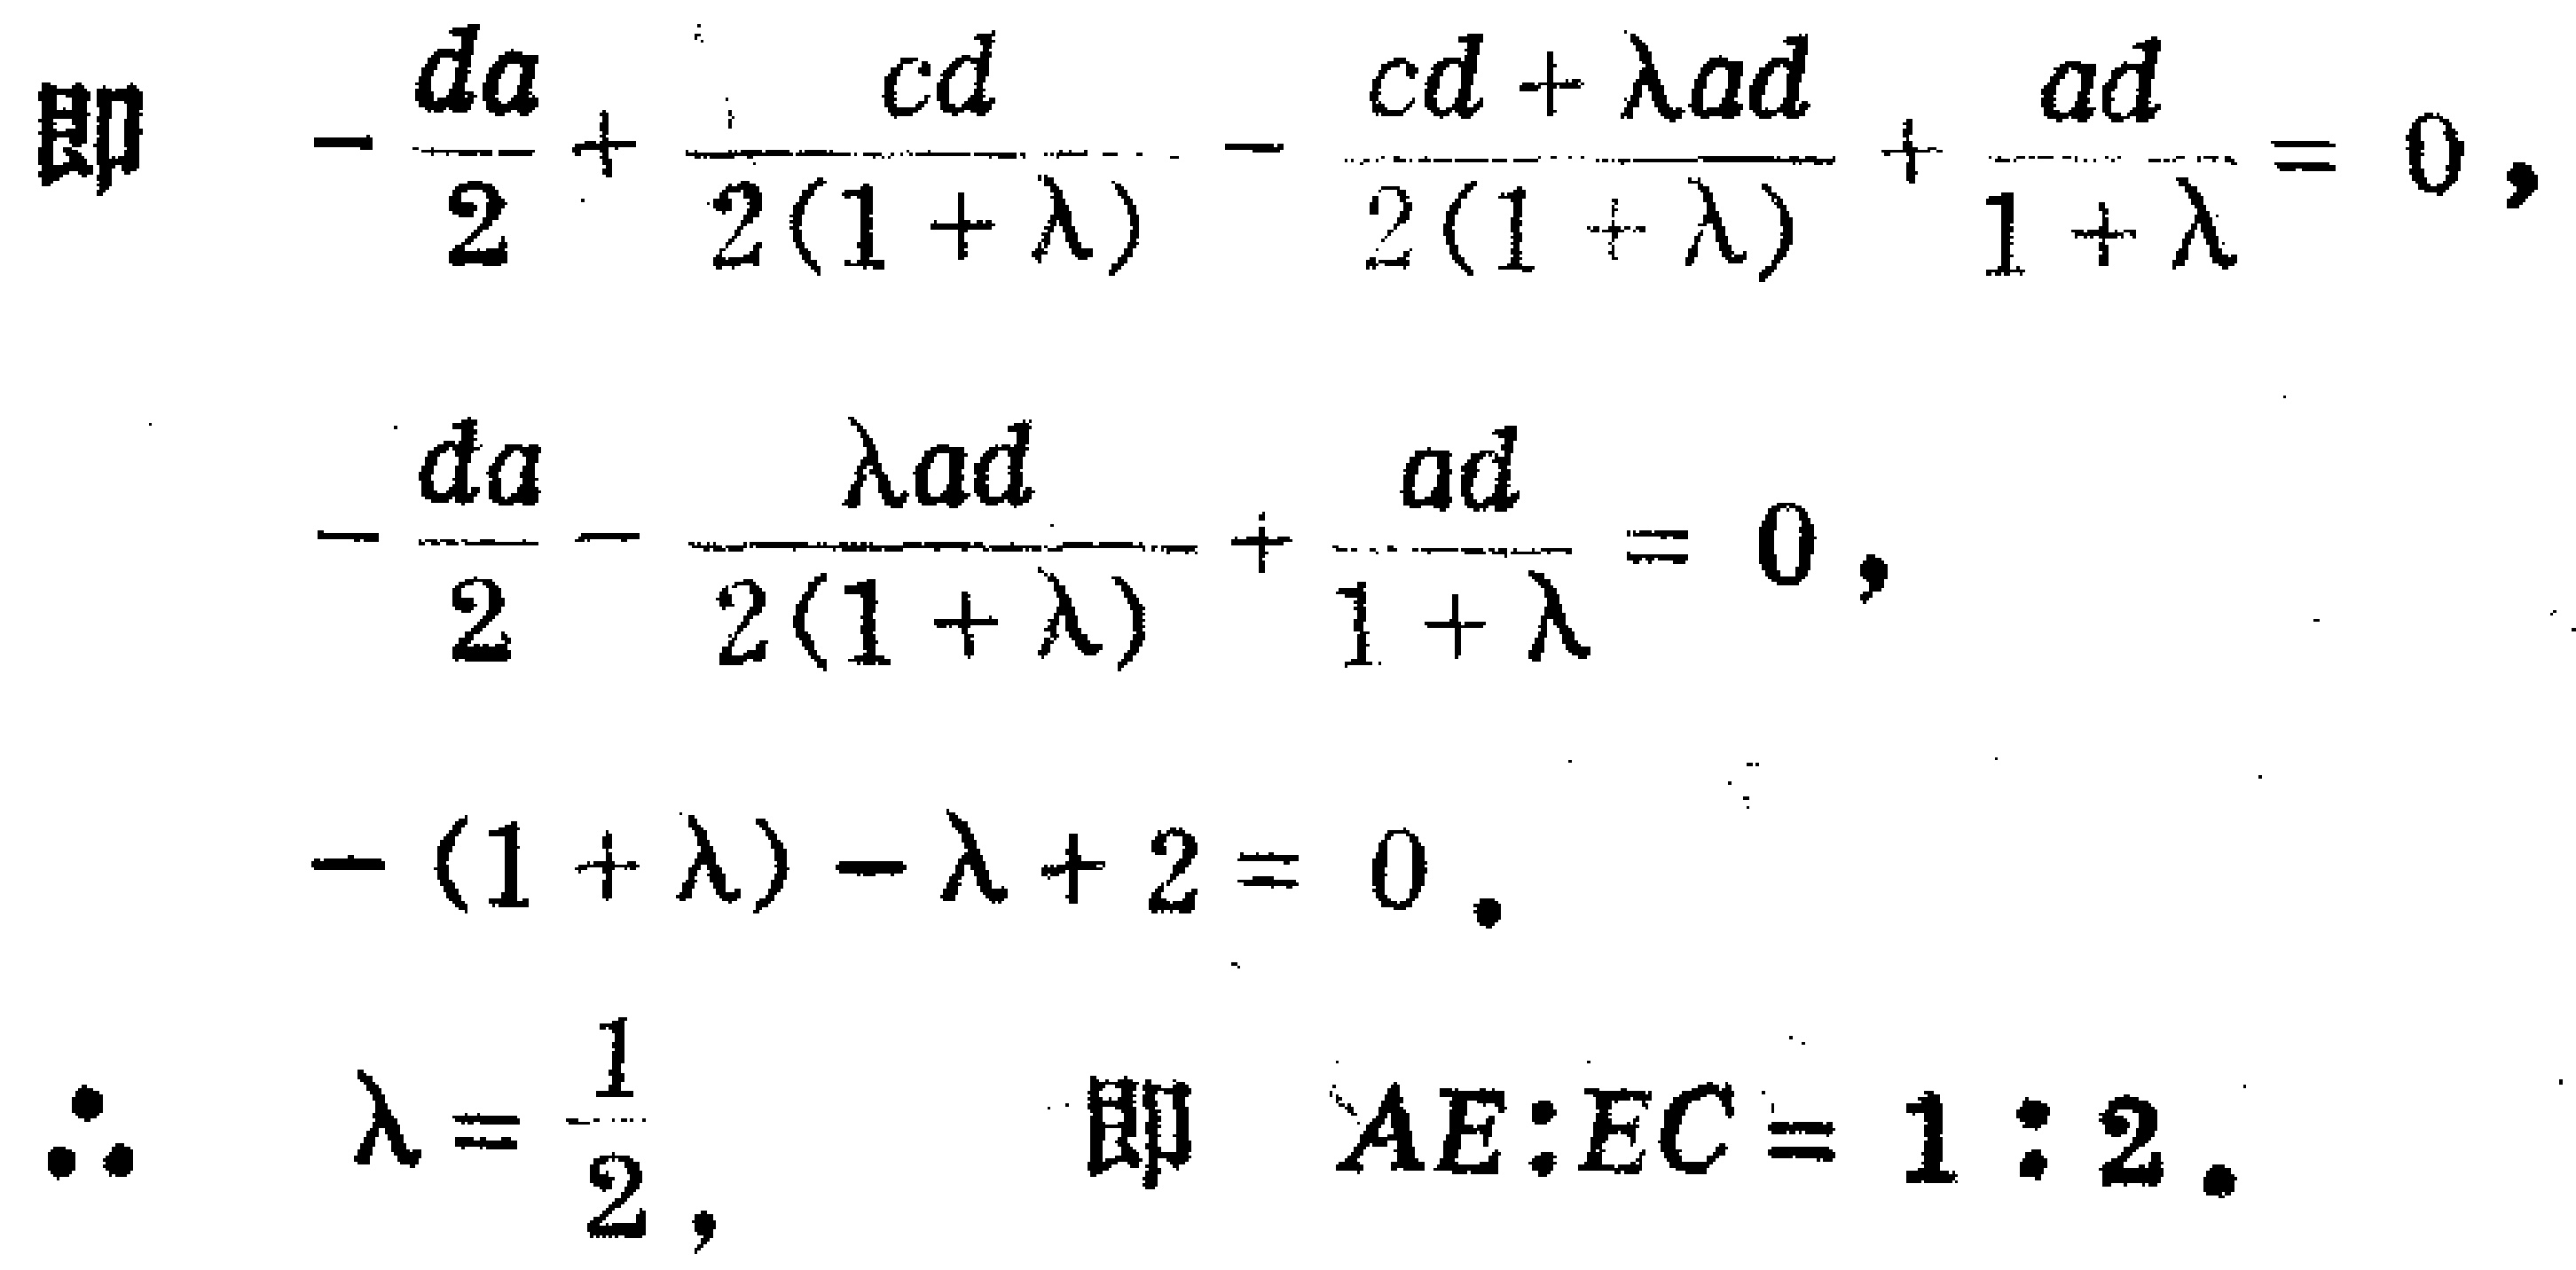
\[

\begin{align*}

\text{即 }&-\frac{da}{2}+\frac{cd}{2(1 + \lambda)}-\frac{cd+\lambda ad}{2(1 + \lambda)}+\frac{ad}{1 + \lambda}=0,\\

&-\frac{da}{2}-\frac{\lambda ad}{2(1 + \lambda)}+\frac{ad}{1 + \lambda}=0,\\

&-(1 + \lambda)-\lambda + 2=0.\\

\therefore\ &\lambda=\frac{1}{2},\text{ 即 }AE:EC = 1:2.

\end{align*}

\]